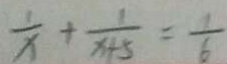
\frac { 1 } { x } + \frac { 1 } { x + 5 } = \frac { 1 } { 6 }